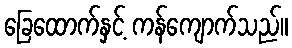
ခြေထောက်နှင့် ကန်ကျောက်သည်။